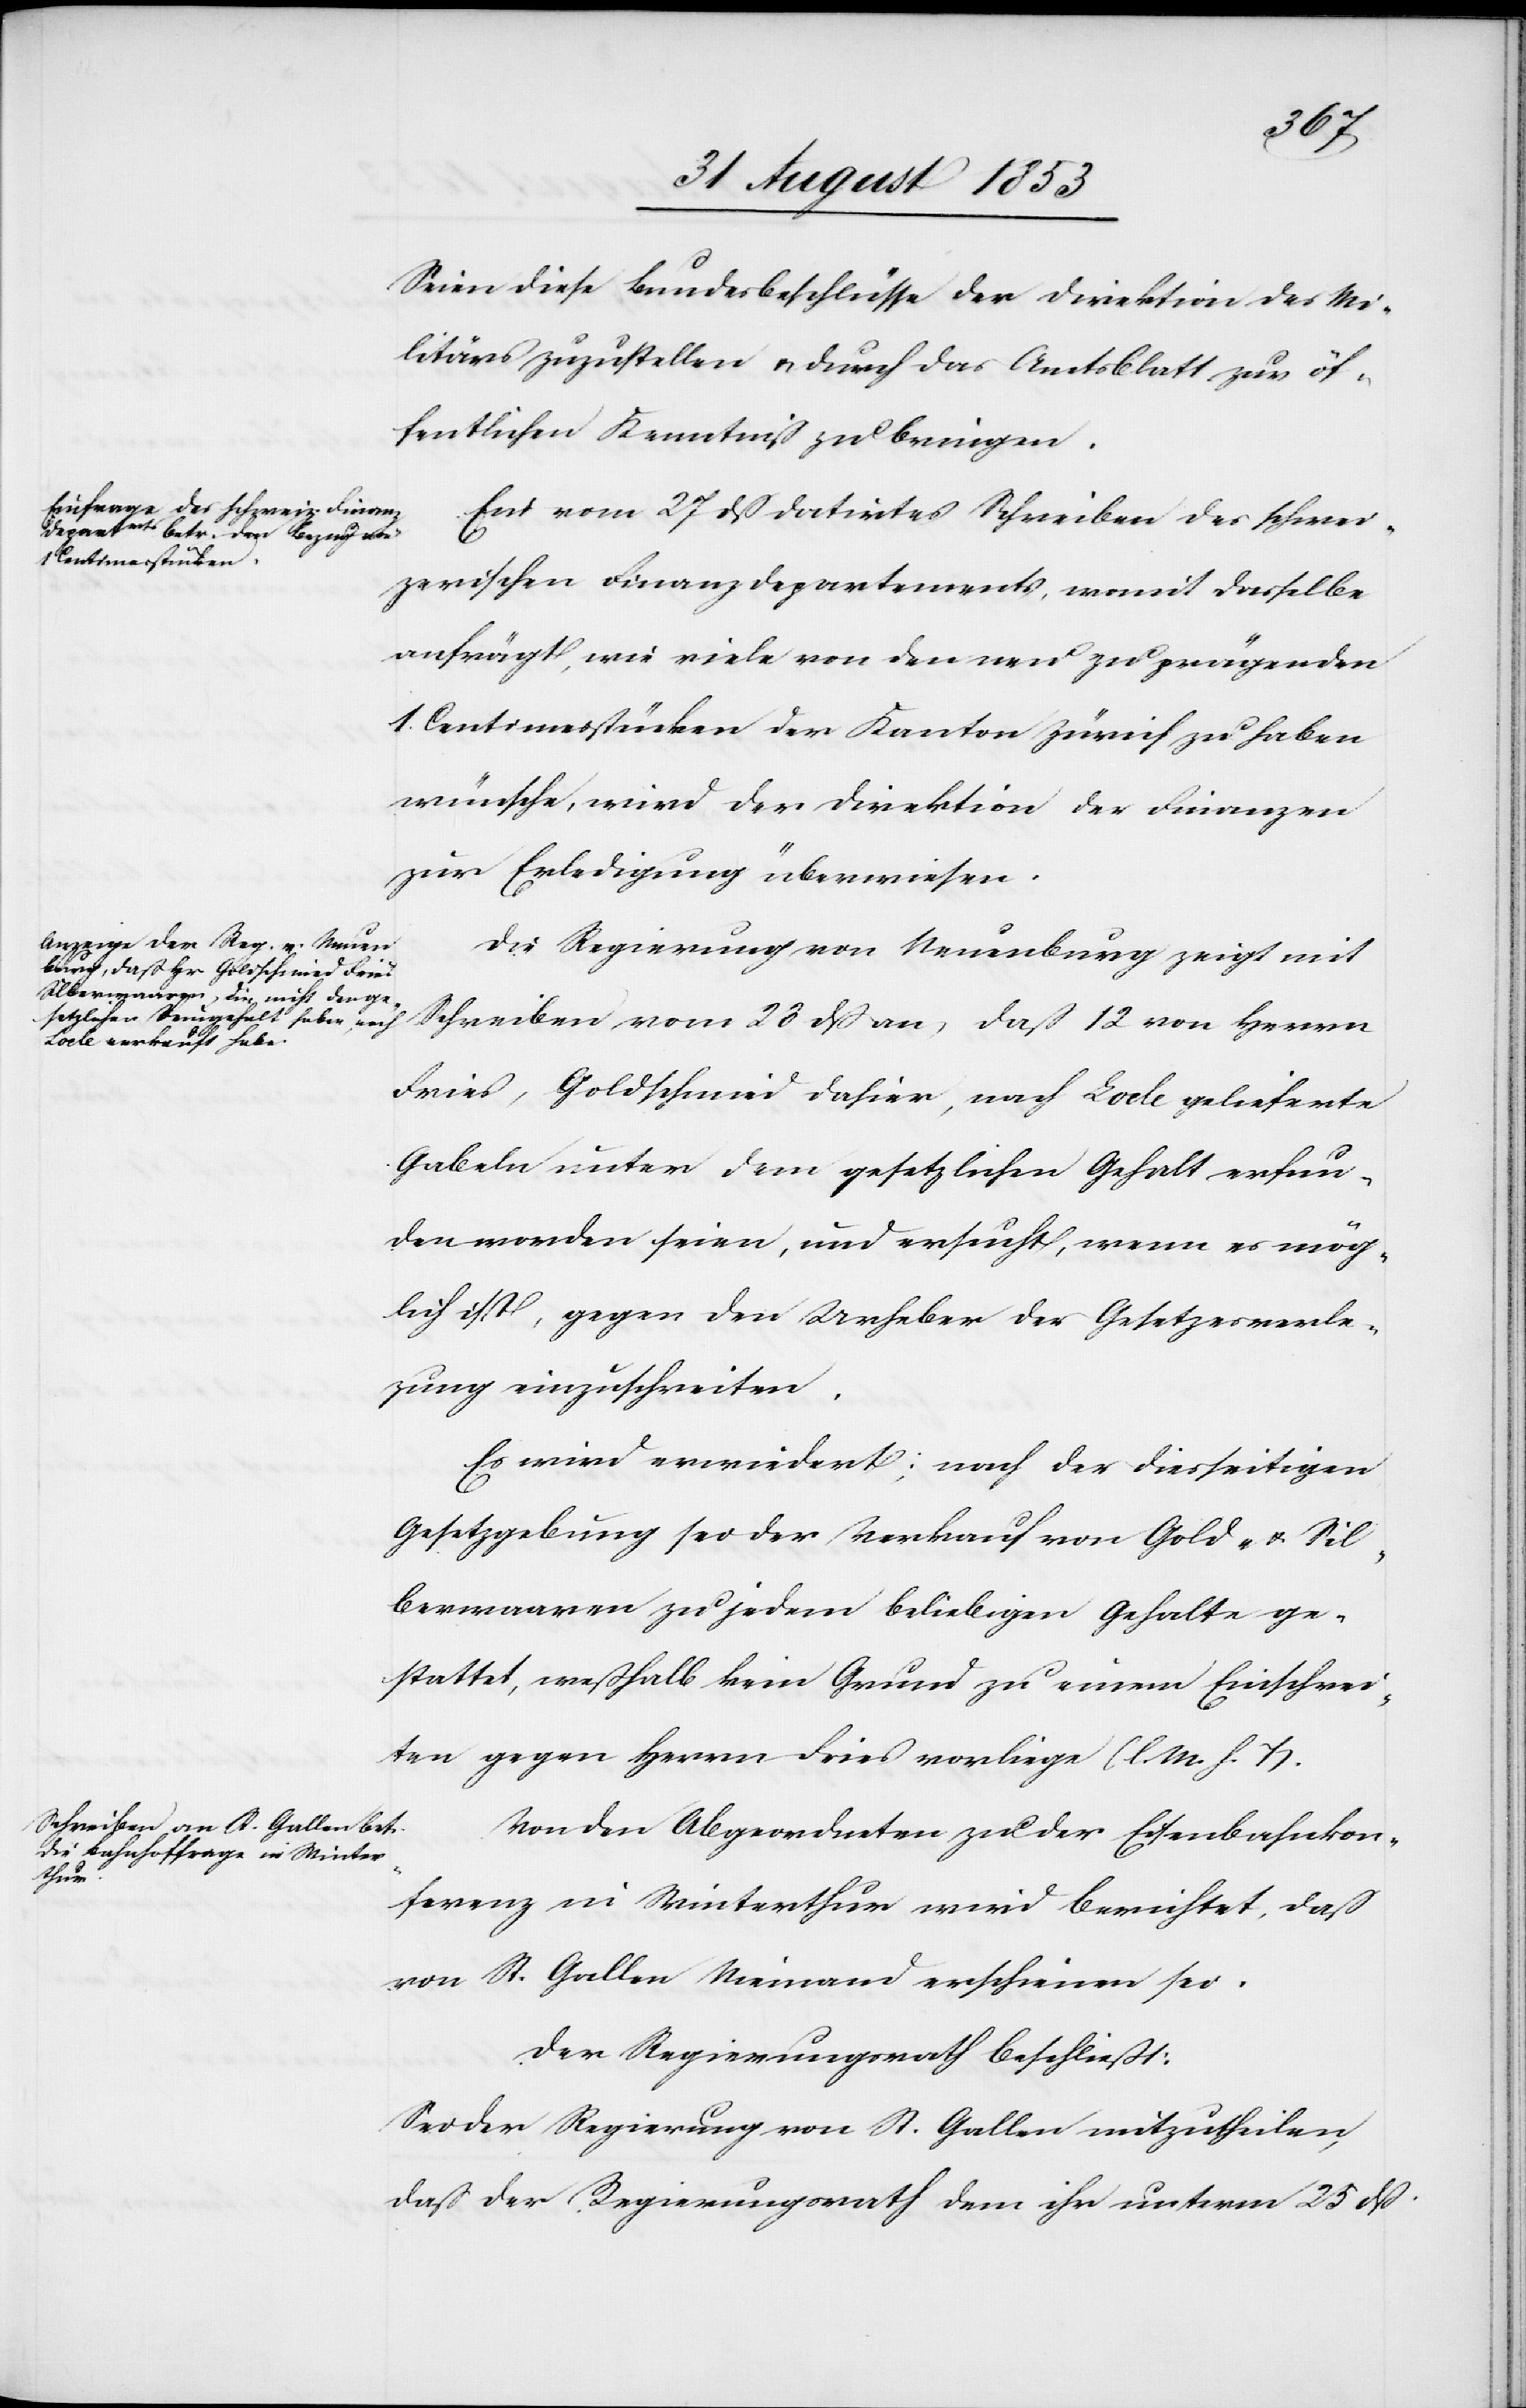
Seien diese Bundesbeschlüsse der Direktion des Mi¬
litärs zuzustellen u. durch das Amtsblatt zur öf¬
fentlichen Kenntniß zu bringen.
Ein vom 27 dß datirtes Schreiben des schwei¬
zerischen Finanzdepartements, womit dasselbe
anfrägt, wie viele von den neu zu prägenden
1 Centimesstücken der Kanton Zürich zu haben
wünsche, wird der Direktion der Finanzen
zur Erledigung überwiesen.
Die Regierung von Neuenburg zeigt mit
Schreiben vom 23 dß an, daß 12 von Herrn
Fries, Goldschmied dahier, nach Lode gelieferte
Gabeln unter dem gesetzlichen Gehalt erfun¬
den worden seien, und ersucht, wenn es mög¬
lich ist, gegen den Urheber der Gesetzesverle¬
zung einzuschreiten.
Es wird erwiedert: nach der diesseitigen
Gesetzgebung sei der Verkauf von Gold- u. Sil¬
berwaaren zu jedem beliebigen Gehalte ge¬
stattet, weßhalb kein Grund zu einem Einschrei¬
ten gegen Herrn Fries vorliege. [l. M. h. T]
Von den Abgeordneten zu der Eisenbahnkon¬
ferenz in Winterthur wird berichtet, daß
von St. Gallen Niemand erschienen sei.
Der Regierungsrath beschließt:
Sei der Regierung von St. Gallen mitzutheilen,
daß der Regierungsrath dem ihr unterm 25 dß